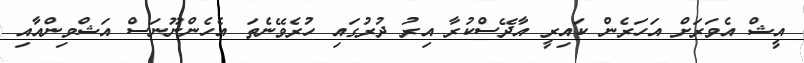
އީޝް އެވަރަށް އަހަރެން ކައިރީ އާދޭސްކުރާ އިރު ދުރުގައި ހުރެވޭނެތަ އެހެންނޫނަސް އަޝްވިންއާއި